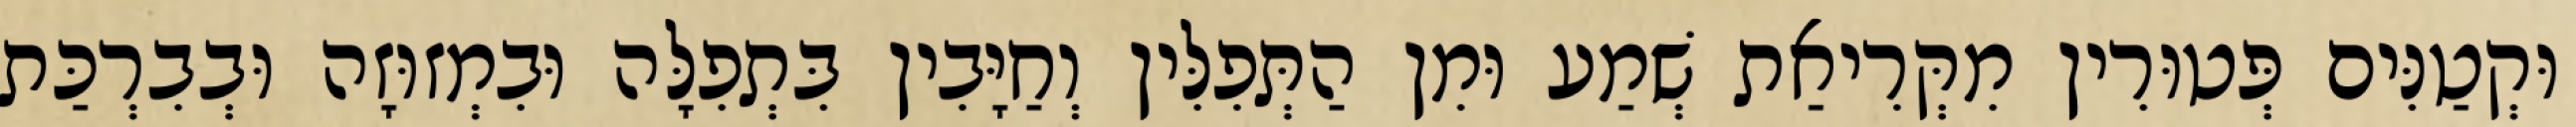
וּקְטַנִּים פְּטוּרִין מִקְּרִיאַת שְׁמַע וּמִן הַתְּפִלִּין וְחַיָּבִין בִּתְפִלָּה וּבִמְזוּזָה וּבְבִרְכַּת